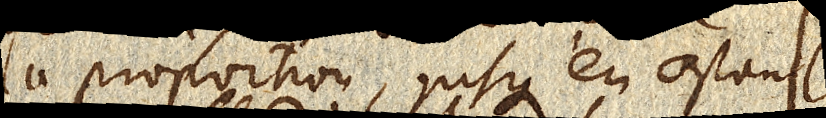
la proportion, jusqu’en ostant